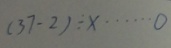
( 3 7 - 2 ) \div x \cdots 0